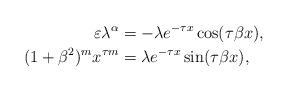
LaTeX: \begin{align*} \varepsilon \lambda ^\alpha &= - \lambda e^{-\tau x} \cos (\tau \beta x), \\ (1 + \beta^2)^m x^{\tau m} &= \lambda e^{-\tau x} \sin (\tau \beta x), \end{align*}